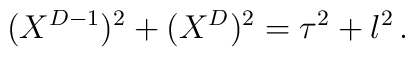
(X^{D-1})^2 + (X^D)^2 = \tau^2 + l^2\,.